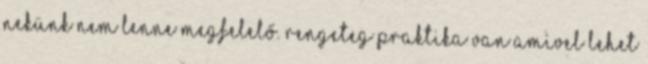
nekünk nem lenne megfelelő. Rengeteg praktika van amivel lehet